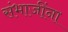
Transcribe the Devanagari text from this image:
संभाजींना